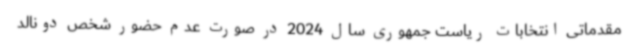
مقدماتی انتخابات ریاست جمهوری سال 2024 در صورت عدم حضور شخص دونالد